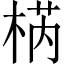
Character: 𣓃